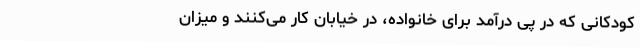
کودکانی که در پی درآمد برای خانواده، در خیابان کار می‌کنند و میزان